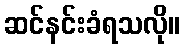
ဆင်နင်းခံရသလို။